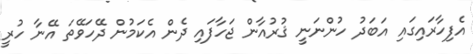
އެފިހާރައިގައި އަބަދު ހުންނަނީ ޤުރުއާން ޖަހާފައި ދެން އެކަމުން ދޭހަވޭތަ އޭނާ ހުރީ